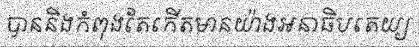
បាននិងកំពុងតែកើតមានយ៉ាងអនាធិបតេយ្យ